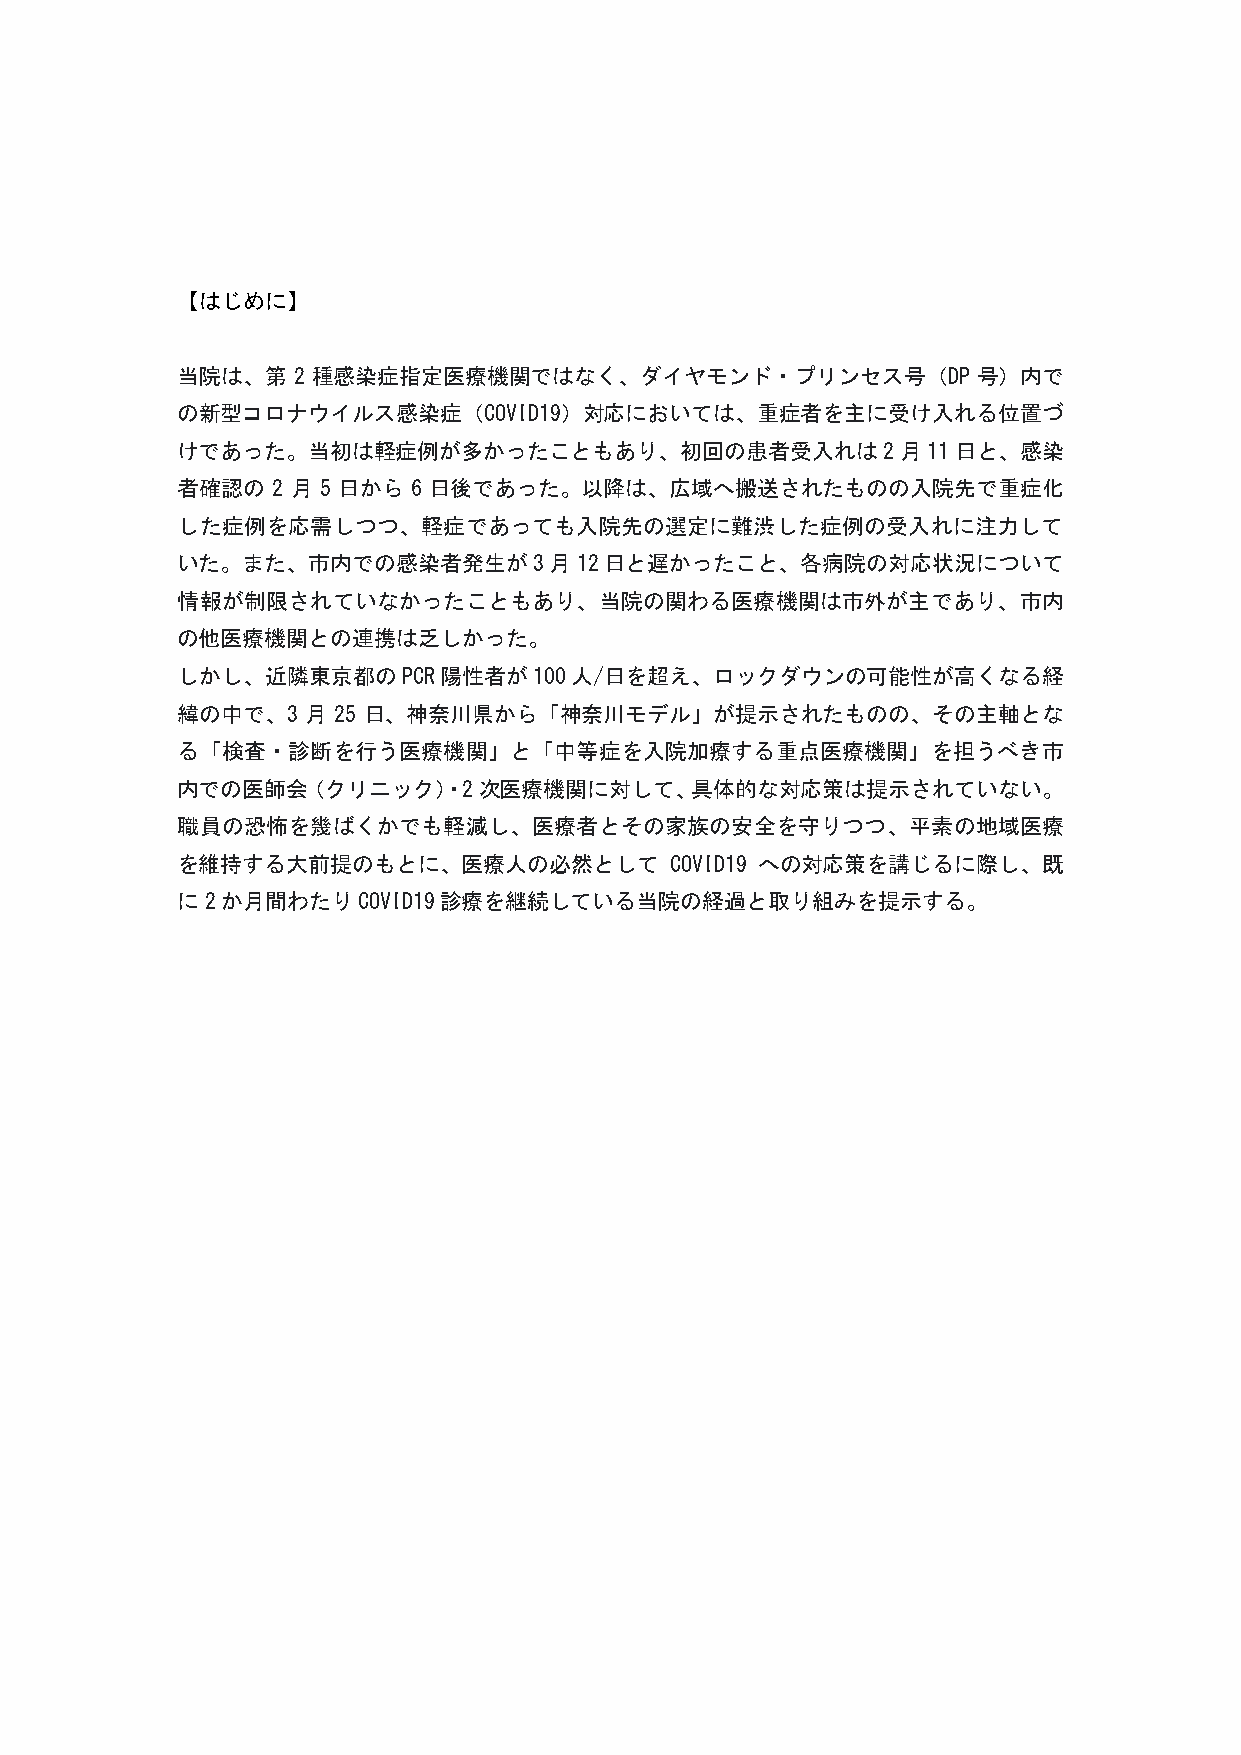
【はじめに】
 当院は、第  2 種感染症指定医療機関ではなく、ダイヤモンド・プリンセス号（DP             号）内で
 の新型コロナウイルス感染症（COVID19）対応においては、重症者を主に受け入れる位置づ
 けであった。当初は軽症例が多かったこともあり、初回の患者受入れは2月11日と、感染
 者確認の  2 月 5 日から 6 日後であった。以降は、広域へ搬送されたものの入院先で重症化
 した症例を応需しつつ、軽症であっても入院先の選定に難渋した症例の受入れに注力して
 いた。また、市内での感染者発生が3月12日と遅かったこと、各病院の対応状況について
 情報が制限されていなかったこともあり、当院の関わる医療機関は市外が主であり、市内
 の他医療機関との連携は乏しかった。
 しかし、近隣東京都のPCR陽性者が100人/日を超え、ロックダウンの可能性が高くなる経
 緯の中で、3  月 25 日、神奈川県から「神奈川モデル」が提示されたものの、その主軸とな
 る「検査・診断を行う医療機関」と「中等症を入院加療する重点医療機関」を担うべき市
 内での医師会（クリニック）・2次医療機関に対して、具体的な対応策は提示されていない。
 職員の恐怖を幾ばくかでも軽減し、医療者とその家族の安全を守りつつ、平素の地域医療
 を維持する大前提のもとに、医療人の必然として          COVID19 への対応策を講じるに際し、既
 に2か月間わたりCOVID19診療を継続している当院の経過と取り組みを提示する。